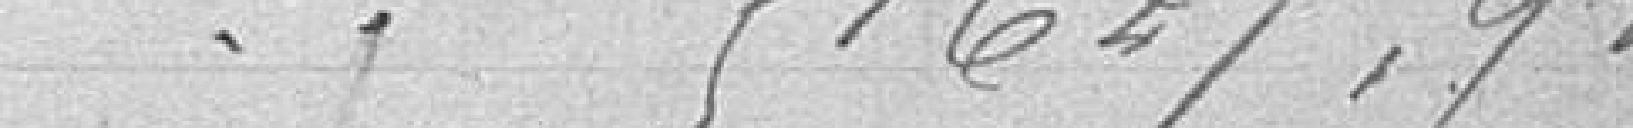
51.627,92